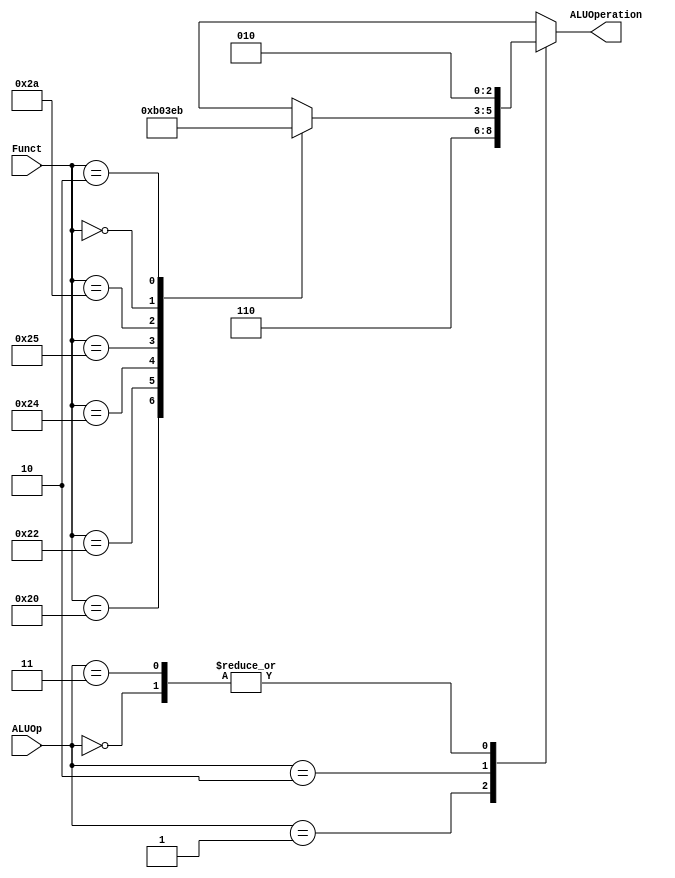
/*
	Title:	ALU Control Unit
	Author: Garfield (Computer System and Architecture Lab, ICE, CYCU)
	Input Port
		1. ALUOp: aluOn+O-OLO
		2. Funct: pGOLOho6XP_
	Output Port
		1. ALUOperation: XO
*/

module alu_ctl(ALUOp, Funct, ALUOperation);
    input [1:0] ALUOp;
    input [5:0] Funct;
    output [2:0] ALUOperation;
    reg    [2:0] ALUOperation;

    // symbolic constants for instruction function code
    parameter F_add = 6'd32;
    parameter F_sub = 6'd34;
    parameter F_and = 6'd36;
    parameter F_or  = 6'd37;
    parameter F_slt = 6'd42;
	parameter F_sll = 6'd0;
	parameter F_srl = 6'd2;
	
    // symbolic constants for ALU Operations
    parameter ALU_add = 3'b010;
    parameter ALU_sub = 3'b110;
    parameter ALU_and = 3'b000;
    parameter ALU_or  = 3'b001;
    parameter ALU_slt = 3'b111;
	parameter ALU_sll = 3'b101;
	parameter ALU_srl = 3'b011;
	
    always @(ALUOp or Funct)
    begin
        case (ALUOp)
            2'b00 : ALUOperation = ALU_add;
            2'b01 : ALUOperation = ALU_sub;
            2'b10 : case (Funct) 
                        F_add : ALUOperation = ALU_add;
                        F_sub : ALUOperation = ALU_sub;
                        F_and : ALUOperation = ALU_and;
                        F_or  : ALUOperation = ALU_or;
                        F_slt : ALUOperation = ALU_slt;
						F_sll : ALUOperation = ALU_sll;
						F_srl : ALUOperation = ALU_srl;  
                        default ALUOperation = 3'bxxx;
                    endcase
			2'b11 : ALUOperation = ALU_add;
            default ALUOperation = 3'bxxx;
        endcase
    end
endmodule